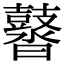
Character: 䶁